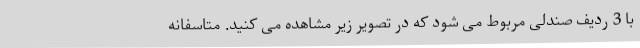
با 3 ردیف صندلی مربوط می شود که در تصویر زیر مشاهده می کنید. متاسفانه